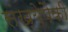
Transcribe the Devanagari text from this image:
संख्येपैकी